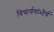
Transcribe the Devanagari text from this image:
विचार्यगांभीर्य